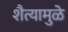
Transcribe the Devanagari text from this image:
शैत्यामुळे